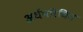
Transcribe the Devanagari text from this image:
अर्धपरिचित